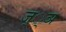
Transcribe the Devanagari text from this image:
ज््ञ